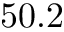
5 0 . 2